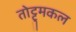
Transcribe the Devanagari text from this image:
तोट्टुमकल